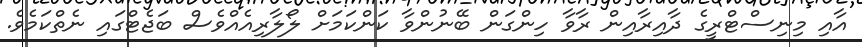
އާއި މިނިސްޓްރީގެ ދާއިރާއިން ރާވާ ހިންގަން ބޭނުންވާ ކަންކަމަށް ލޯލާރިއެއްވެސް ބަޖެޓްގައި ނެތްކަމެވެ.